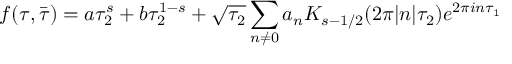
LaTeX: f ( \tau , \bar { \tau } ) = a \tau _ { 2 } ^ { s } + b \tau _ { 2 } ^ { 1 - s } + \sqrt { \tau _ { 2 } } \sum _ { n \ne 0 } a _ { n } K _ { s - 1 / 2 } ( 2 \pi | n | \tau _ { 2 } ) e ^ { 2 \pi i n \tau _ { 1 } }